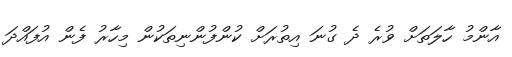
އާންމު ހާލަތަށް ވުރެ ދެ ގުނަ އިތުރަށް ކުންފުންނިތަކުން މިހާރު ފެން އުފައްދަ